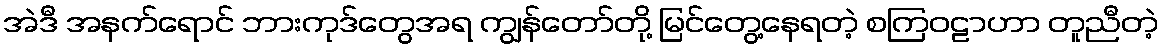
အဲဒီ အနက်ရောင် ဘားကုဒ်တွေအရ ကျွန်တော်တို့ မြင်တွေ့နေရတဲ့ စကြဝဠာဟာ တူညီတဲ့